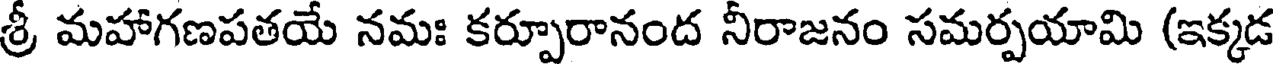
శ్రీ మహాగణపతయే నమః కర్పూరానంద నీరాజనం సమర్పయామి (ఇక్కడ